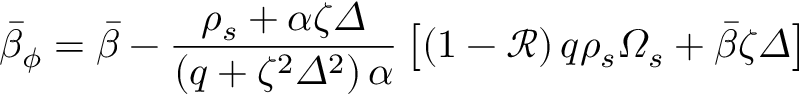
\bar { \beta } _ { \phi } = \bar { \beta } - \frac { \rho _ { s } + \alpha \zeta \varDelta } { \left( q + \zeta ^ { 2 } \varDelta ^ { 2 } \right) \alpha } \left[ \left( 1 - \mathcal { R } \right) q \rho _ { s } \varOmega _ { s } + \bar { \beta } \zeta \varDelta \right]